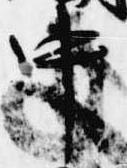
中